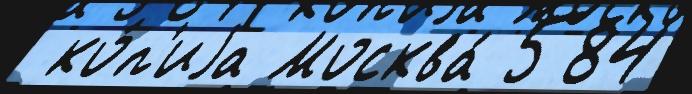
 ко́п'иjа Москва́ 584